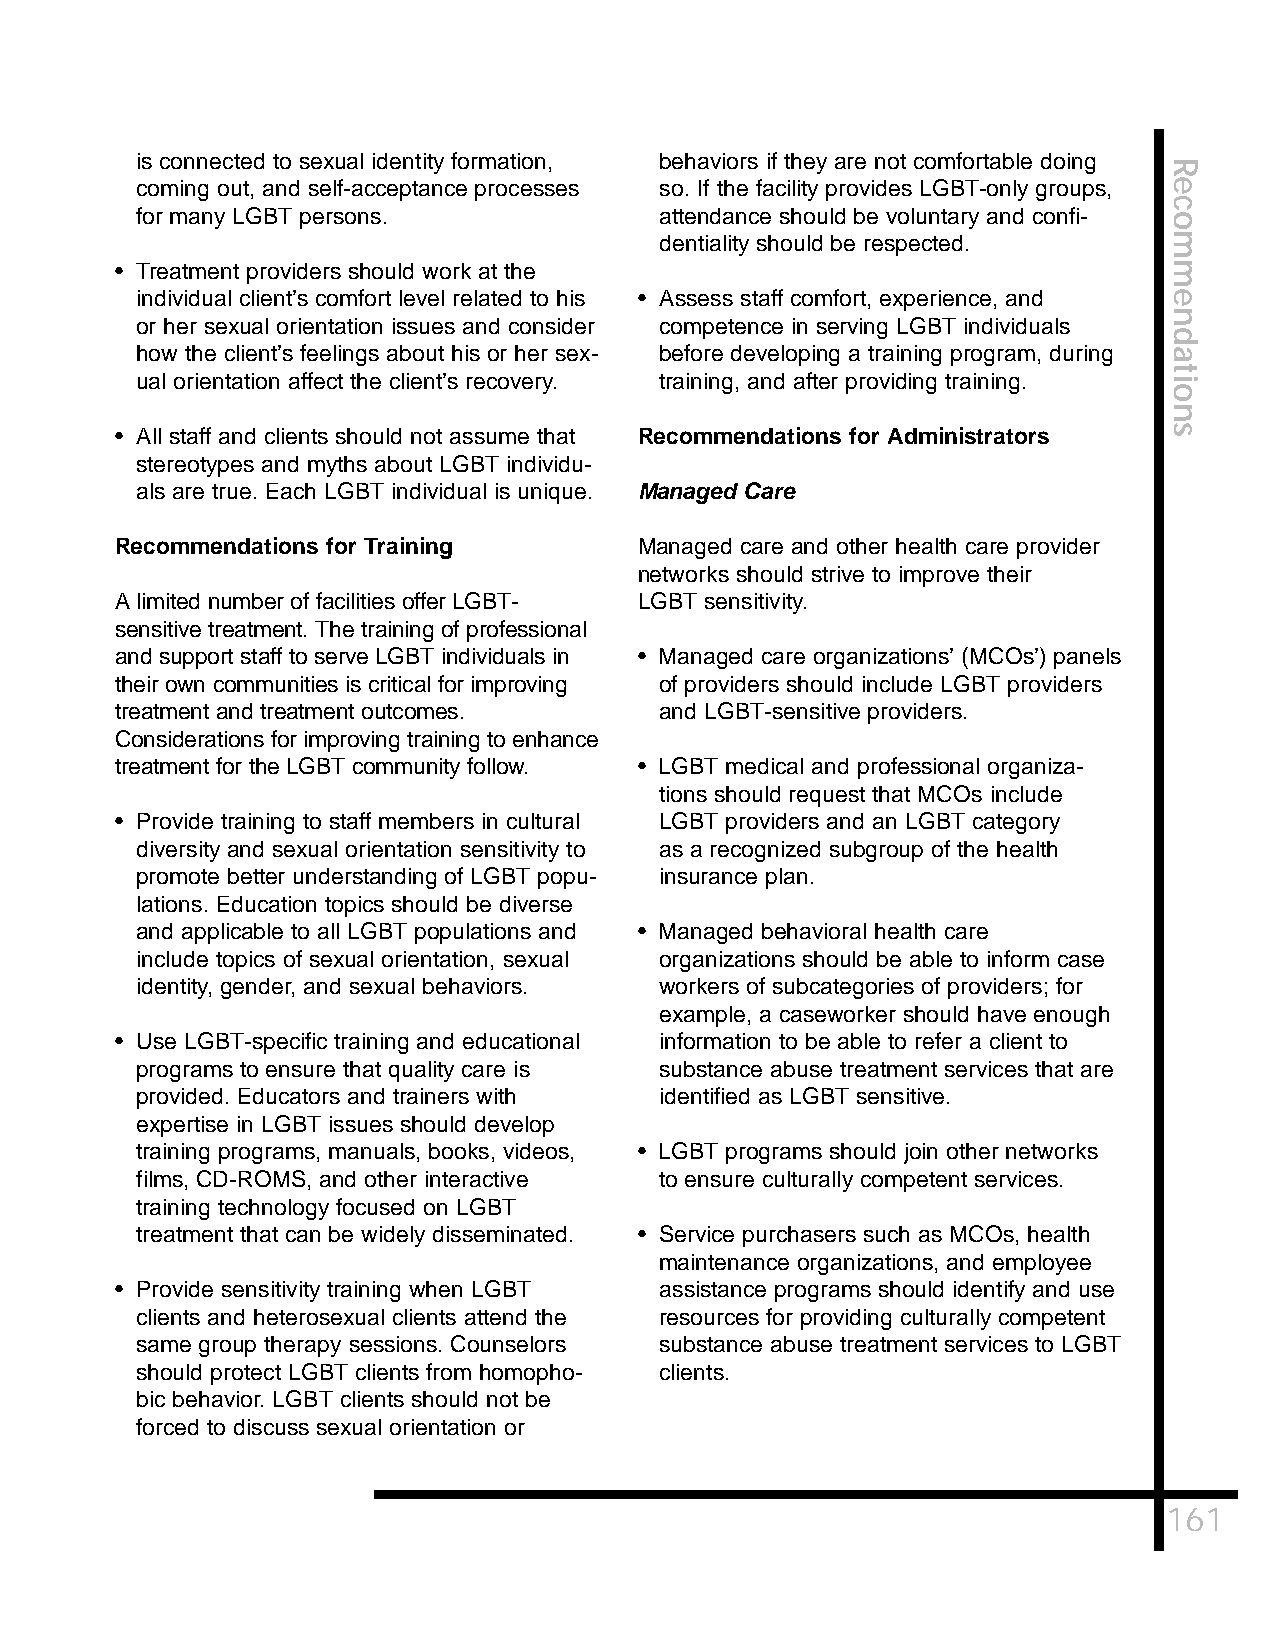
is connected to sexual identity formation, behaviors if they are not comfortable doing
 R
 coming out, and self-acceptance processes so. If the facility provides LGBT-only groups, e
 c
 for many LGBT persons.             attendance should be voluntary and confi- o
 dentiality should be respected.  m
 • Treatment providers should work at the                             m
 individual client’s comfort level related to his • Assess staff comfort, experience, and e
 n
 or her sexual orientation issues and consider competence in serving LGBT individuals
 d
 how the client’s feelings about his or her sex- before developing a training program, during a
 t
 ual orientation affect the client’s recovery. training, and after providing training. i
 o
 n
 • All staff and clients should not assume that Recommendations for Administrators s
 stereotypes and myths about LGBT individu-
 als are true. Each LGBT individual is unique. Managed Care
 Recommendations for Training      Managed care and other health care provider
 networks should strive to improve their
 A limited number of facilities offer LGBT- LGBT sensitivity.
 sensitive treatment. The training of professional
 and support staff to serve LGBT individuals in • Managed care organizations’ (MCOs’) panels
 their own communities is critical for improving of providers should include LGBT providers
 treatment and treatment outcomes.   and LGBT-sensitive providers.
 Considerations for improving training to enhance
 treatment for the LGBT community follow. • LGBT medical and professional organiza-
 tions should request that MCOs include
 • Provide training to staff members in cultural LGBT providers and an LGBT category
 diversity and sexual orientation sensitivity to as a recognized subgroup of the health
 promote better understanding of LGBT popu- insurance plan.
 lations. Education topics should be diverse
 and applicable to all LGBT populations and • Managed behavioral health care
 include topics of sexual orientation, sexual organizations should be able to inform case
 identity, gender, and sexual behaviors. workers of subcategories of providers; for
 example, a caseworker should have enough
 • Use LGBT-specific training and educational information to be able to refer a client to
 programs to ensure that quality care is substance abuse treatment services that are
 provided. Educators and trainers with identified as LGBT sensitive.
 expertise in LGBT issues should develop
 training programs, manuals, books, videos, • LGBT programs should join other networks
 films, CD-ROMS, and other interactive to ensure culturally competent services.
 training technology focused on LGBT
 treatment that can be widely disseminated. • Service purchasers such as MCOs, health
 maintenance organizations, and employee
 • Provide sensitivity training when LGBT assistance programs should identify and use
 clients and heterosexual clients attend the resources for providing culturally competent
 same group therapy sessions. Counselors substance abuse treatment services to LGBT
 should protect LGBT clients from homopho- clients.
 bic behavior. LGBT clients should not be
 forced to discuss sexual orientation or
 161